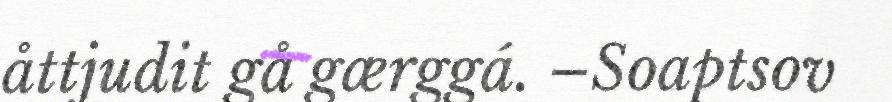
åttjudit gå gærggá. –Soaptsov